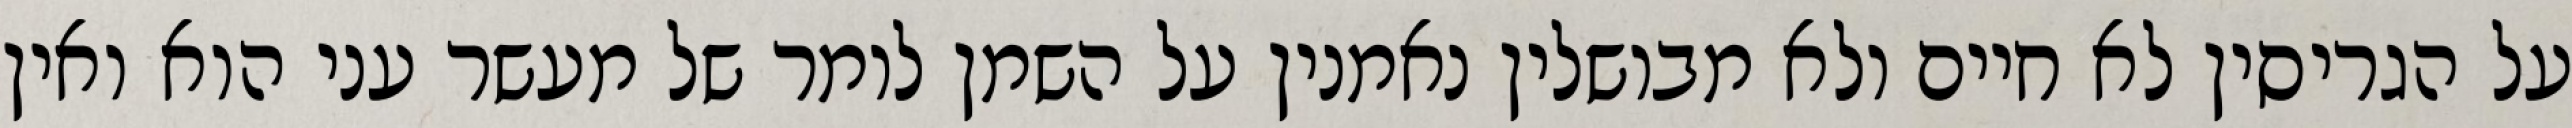
על הגריסין לא חיים ולא מבושלין נאמנין על השמן לומר של מעשר עני הוא ואין